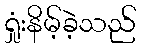
ရှုံးနိမ့်ခဲ့သည်